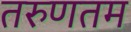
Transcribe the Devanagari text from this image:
तरुणतम